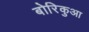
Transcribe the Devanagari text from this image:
बोरिकुआ